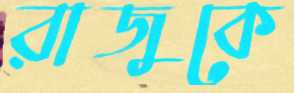
রাজুকে